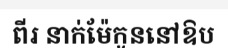
ពីរ នាក់ម៉ែកូននៅឱប